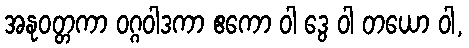
အနုဝတ္တကာ ဝဂ္ဂဝါဒကာ ဧကော ဝါ ဒွေ ဝါ တယော ဝါ,